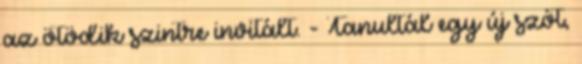
az ötödik szintre invitált. - Tanultál egy új szót,